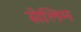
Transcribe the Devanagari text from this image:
सेलिम